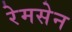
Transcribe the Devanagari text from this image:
रेमसेन